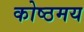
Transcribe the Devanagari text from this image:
कोष्ठमय